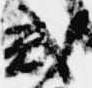
式